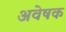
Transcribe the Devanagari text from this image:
अवेषक